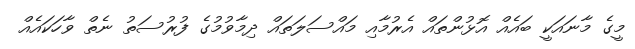
މީގެ މާނައަކީ ބައެއް އޮޅުންތައް އެރުމާއި މައްސަލަތައް ދިމާވުމުގެ ފުރުސަތު ނެތް ވާހަކައެއް